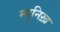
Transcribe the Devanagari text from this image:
म्युनिख़